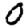
Digit: 0